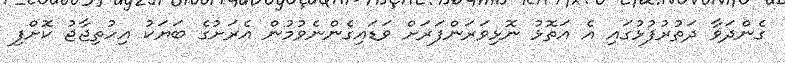
ގެންދަވާ ދަތުރުފުޅުގައި އެ އަތޮޅު ނޮޅިވަރަންފަރަށް ވަޑައިގެންނެވުމުން އެރަށުގެ ބަޔަކު އިހުތިޖާޖު ކޮށްފި